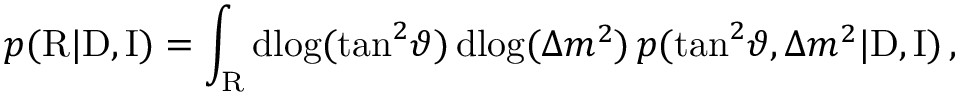
p ( \mathrm { R } | \mathrm { D } , \mathrm { I } ) = \int _ { \mathrm { R } } \mathrm { d } \! \log ( \tan ^ { 2 } \! \vartheta ) \, \mathrm { d } \! \log ( \Delta { m } ^ { 2 } ) \, p ( \tan ^ { 2 } \! \vartheta , \Delta { m } ^ { 2 } | \mathrm { D } , \mathrm { I } ) \, ,